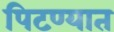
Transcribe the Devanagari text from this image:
पिटण्यात